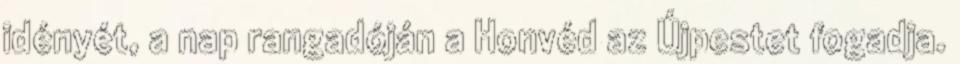
idényét, a nap rangadóján a Honvéd az Újpestet fogadja.